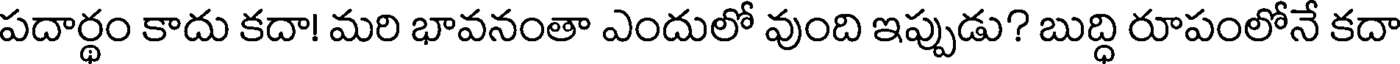
పదార్థం కాదు కదా! మరి భావనంతా ఎందులో వుంది ఇప్పుడు? బుద్ధి రూపంలోనే కదా